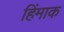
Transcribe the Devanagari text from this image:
हिंमाक